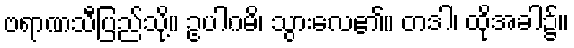
ဗရာဏသီပြည်သို့။ ဥပါဂမိ၊ သွားလေ၏။ တဒါ၊ ထိုအခါ၌။